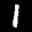
Label: 1